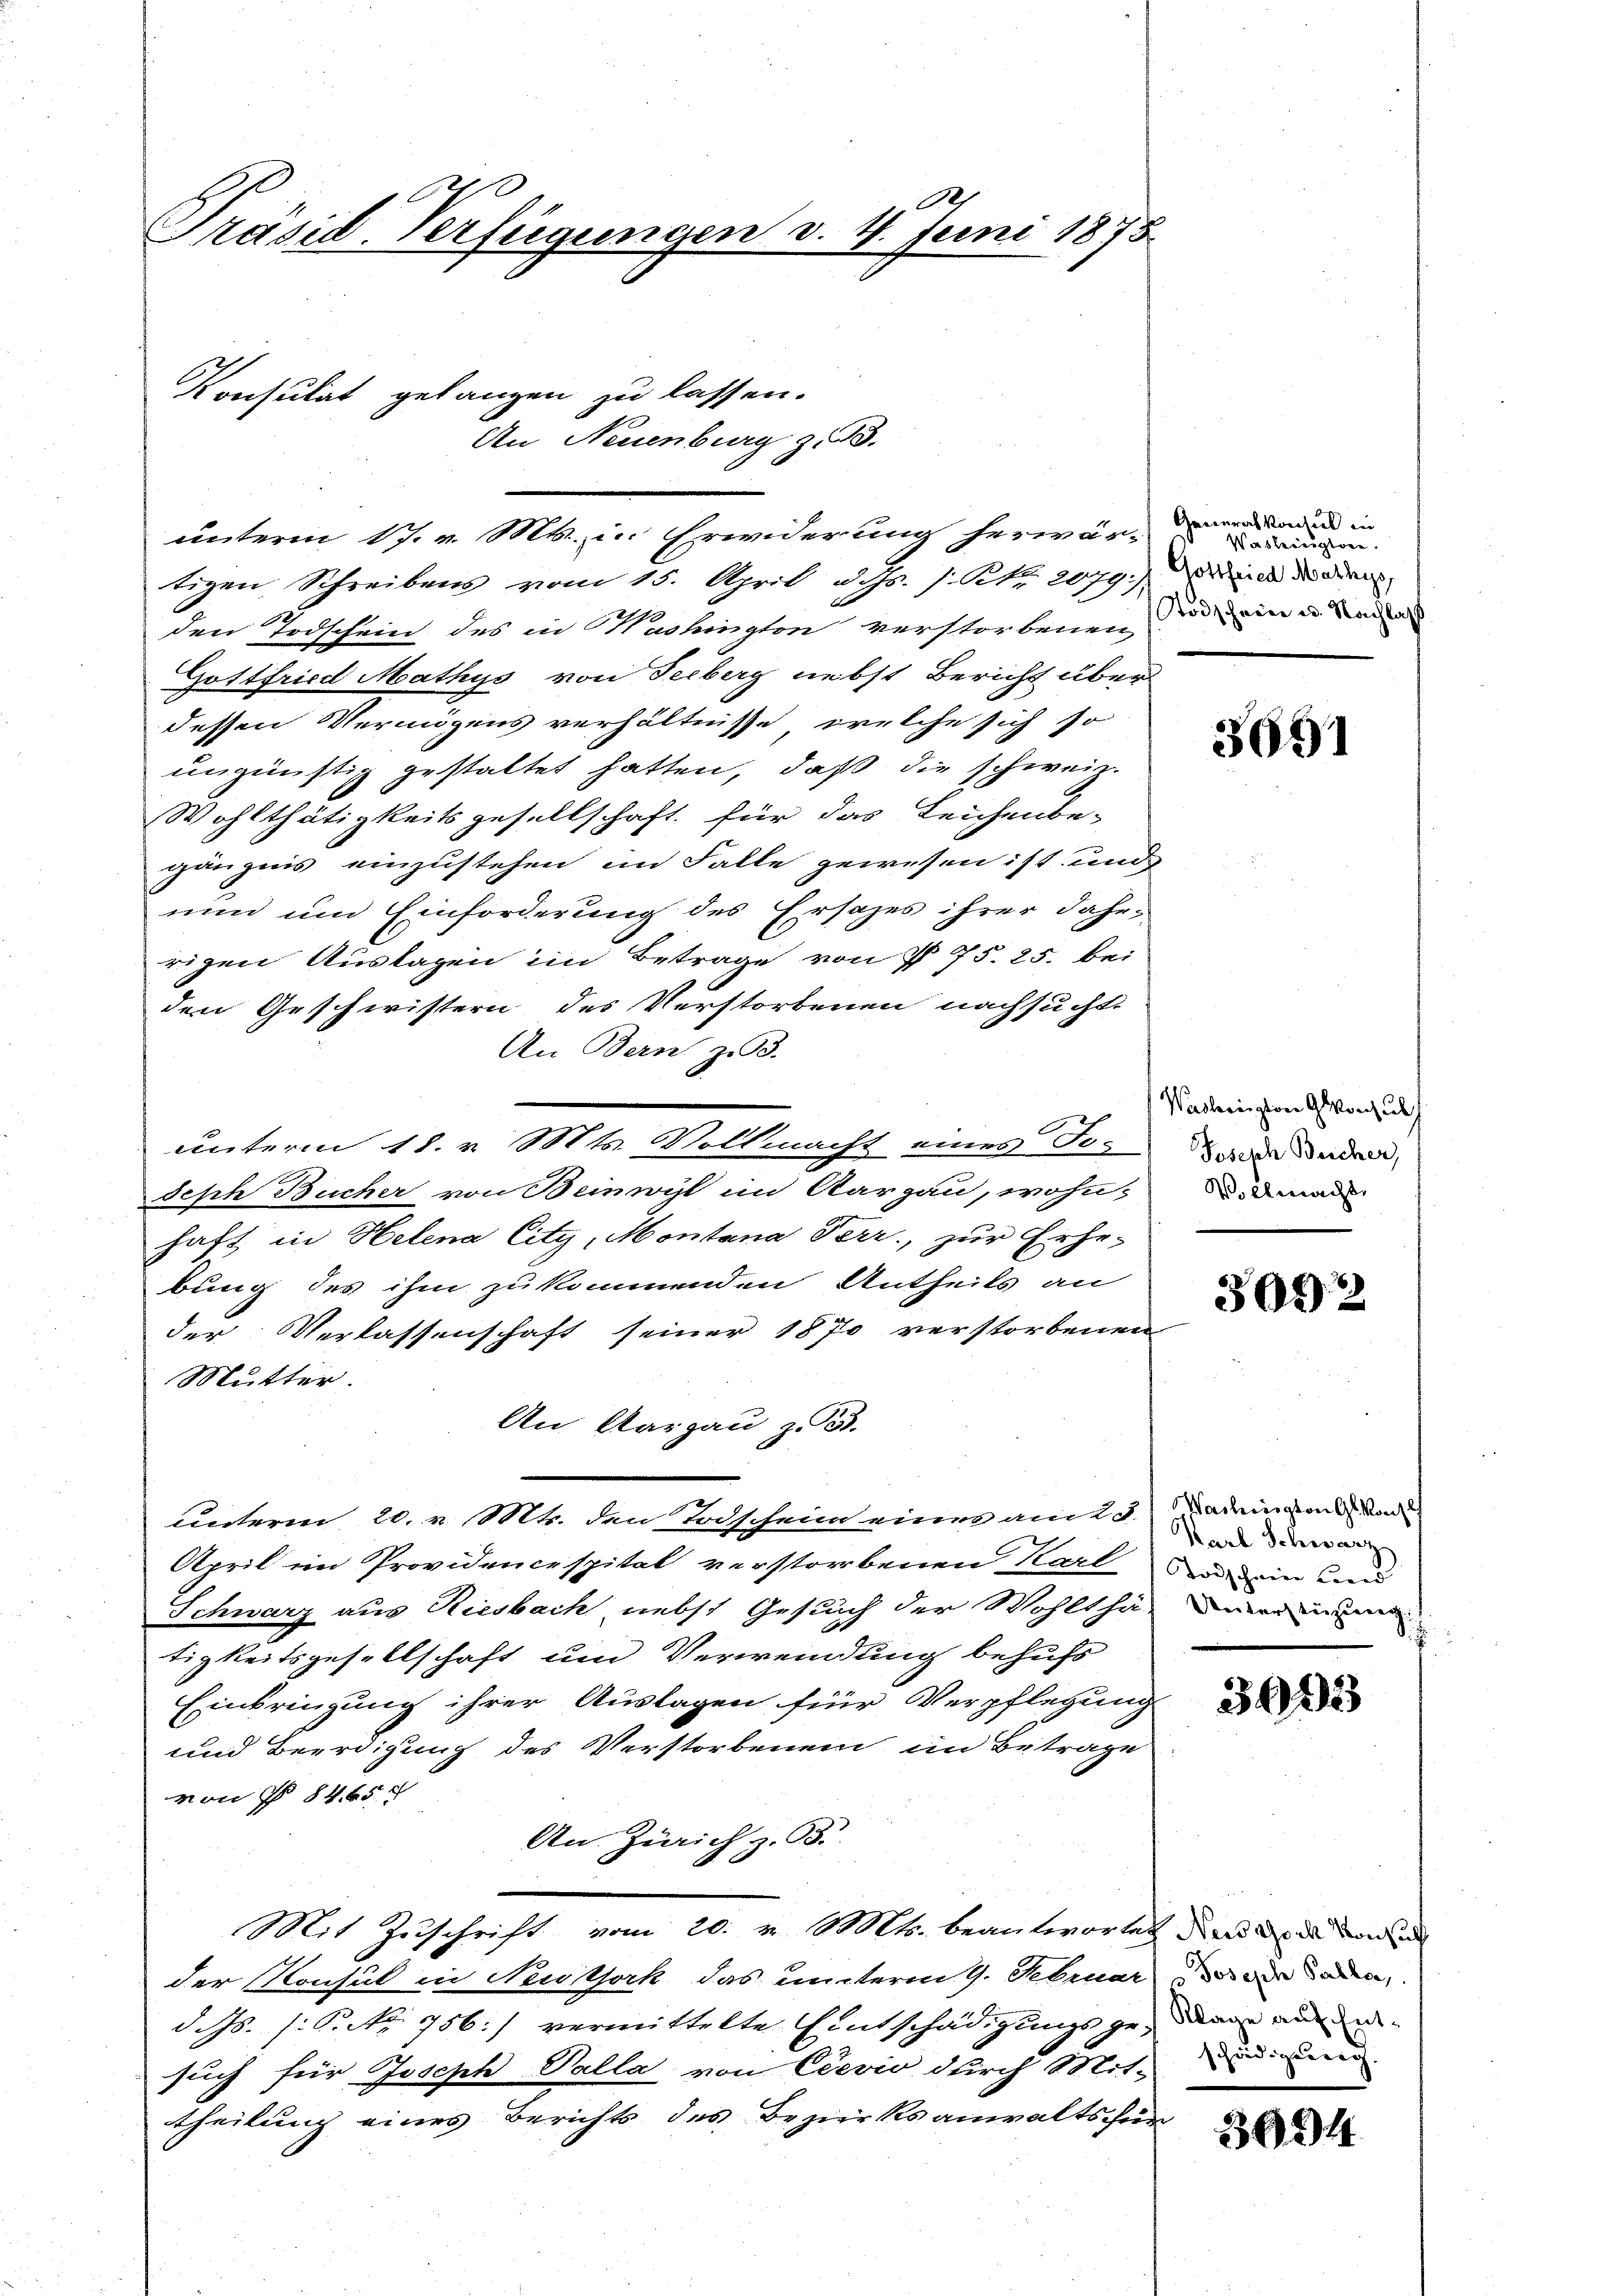
A
.
Präsid. Verfügungen v. 4. Juni 1873.

Konsulat gelangen zu lassen.

An Neuenburg zu 3.

tigen Schreibens vom 15. April d. Js. J. Kk. 2079.)
den Todschein des in Washingten verstorbenen (od. ein u. Nachhalt
Gottfried Mathys von Seeberg nebst Bericht über
dessen Vermögens verhältnisse, welche sich so
ungünstig gestaltet hatten, daß die schweiz.
Wohlthätigkeitsgesellschaft für das Leichenbe-
gängnis einzustehen im Falle gewesen ist und
nun um Einforderung des Ersatzes ihrer daherigen Auslagen im Betrage von § 75. 25. bei
den Geschwistern des Verstorbenen nachsucht,
An Bern, z. B.
Seph Bucher von Beinwil im Aargau, wohn-
haft in Helena City, Montana Terr, zur Erhe-
bung des ihm zu kommenden Antheils an
der Verlassenschaft seiner 1870 verstorbenen
Mutter.
An Aargau z. B.
Lidterm 20. n 1004. den Todschein eine am 25.) Fadengang von
April im Providencrspital verstorbenen Karl u in und
Schwarz aus Riesbach nebst Gesuch der Wohlthä¬ deine mi
tigkeitsgesellschaft um Verwendung behufs
Einbringung ihrer Auslagen für Verpflegung
und Beerdigung des Verstorbenen im Betrage
von § 8465
An Zürich z. 93.
Mit Zuschrift vom 20. v. Mts. beantworten der an der von
der Konsul in Neuthoch das unterm 9. Februar der dann
d. Js. 1. Sect. 756.) vermittelte Entschädigungsgedenen an de
such für Joseph Palla von Crević durch Mit-
theilung eines Berichts des Bezirksanwalts für

unterm 17. v. Mts. in Erwiderung herwär-

unterm 18. v. Mts. Vollmacht eines Jo¬

Generalkonsul in
Vasleinigten.
Gottfried Mathys

d

3691

Washington Ganz als
Joseph Beicher,
Vollmacht,

3092

Karl Schwarz

3093

schädigung.

3024